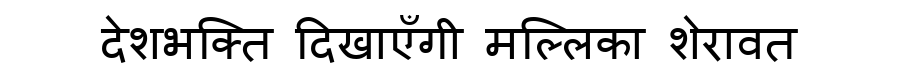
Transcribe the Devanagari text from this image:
देशभक्ति दिखाएँगी मल्लिका शेरावत